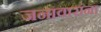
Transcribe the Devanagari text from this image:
जनावारांना